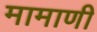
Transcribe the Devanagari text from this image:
मामाणी